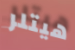
هيتلر